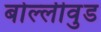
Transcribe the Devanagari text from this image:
बोल्लीवुड